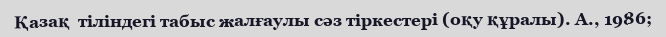
Қазақ  тіліндегі табыс жалғаулы сәз тіркестері (оқу құралы). А., 1986;